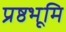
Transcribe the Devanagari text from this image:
प्रष्ठभूमि